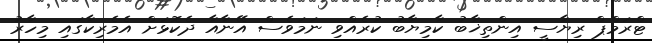
ޓްރަމްޕް ރިޔާސީ އިންތިޚާބު ކާމިޔާބު ކުރެއްވި ނަމަވެސް އޭނާއާ ދެކޮޅަށް އެމެރިކާގައި މިހާރު